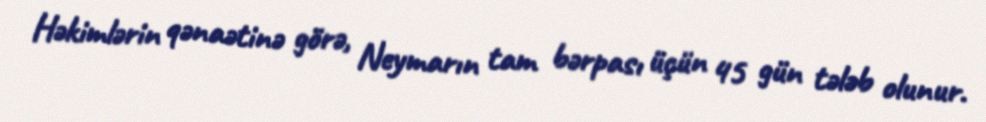
Həkimlərin qənaətinə görə, Neymarın tam bərpası üçün 45 gün tələb olunur.